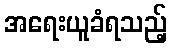
အရေးယူခံရသည့်